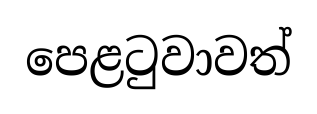
පෙළටුවාවත්